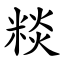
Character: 䊏